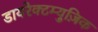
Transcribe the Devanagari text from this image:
डायरेक्टम्युज़िक